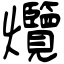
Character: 爦